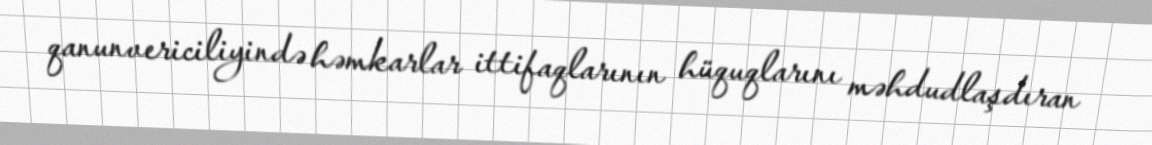
qanunvericiliyində həmkarlar ittifaqlarının hüquqlarını məhdudlaşdıran